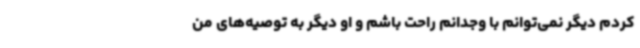
کردم دیگر نمی‌توانم با وجدانم راحت باشم و او دیگر به توصیه‌های من